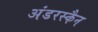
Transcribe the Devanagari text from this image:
अंडरस्कैन